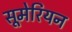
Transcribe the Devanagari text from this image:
सूमेरियन